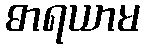
ဓာရယာမ